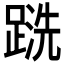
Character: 𲃹